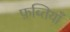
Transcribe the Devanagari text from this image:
फ़ब्तियाँ